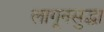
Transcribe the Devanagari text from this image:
लागूनसुद्धा